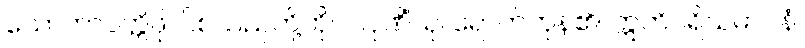
သောတာပတ္တိဖိုလ်စသည်တို့ကို။ ပါပုဏိံသု၊ ရောက်ကုန်၏။ ဣတိပရိသမာပနံ၊